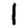
Digit: 1